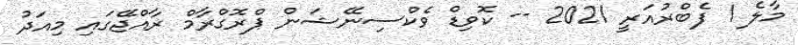
މާލެ 1 ފެބްރުއަރީ 2021 -- ކޮވިޑް ވެކްސިނޭޝަން ޕްރޮގްރާމް ރާއްޖޭގައި މިއަދު